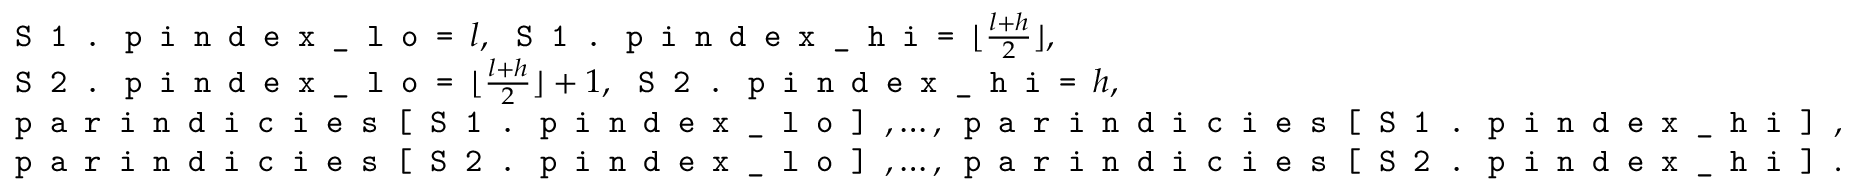
\begin{array} { r l } & { \texttt { S 1 . p i n d e x \_ l o = } l , \, \texttt { S 1 . p i n d e x \_ h i = } \lfloor \frac { l + h } { 2 } \rfloor , } \\ & { \texttt { S 2 . p i n d e x \_ l o = } \lfloor \frac { l + h } { 2 } \rfloor + 1 , \, \texttt { S 2 . p i n d e x \_ h i = } h , } \\ & { \texttt { p a r i n d i c i e s \string [ S 1 . p i n d e x \_ l o \string ] } , \ldots , \texttt { p a r i n d i c i e s \string [ S 1 . p i n d e x \_ h i \string ] } , } \\ & { \texttt { p a r i n d i c i e s \string [ S 2 . p i n d e x \_ l o \string ] } , \ldots , \texttt { p a r i n d i c i e s \string [ S 2 . p i n d e x \_ h i \string ] } . } \end{array}